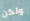
ولكن